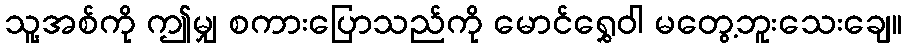
သူ့အစ်ကို ဤမျှ စကားပြောသည်ကို မောင်ရွှေဝါ မတွေ့ဘူးသေးချေ။